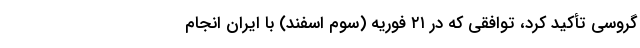
گروسی تأکید کرد، توافقی که در ۲۱ فوریه (سوم اسفند) با ایران انجام